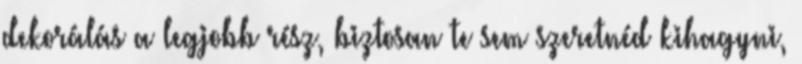
dekorálás a legjobb rész, biztosan te sem szeretnéd kihagyni,